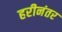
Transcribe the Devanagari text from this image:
हरीनंतर